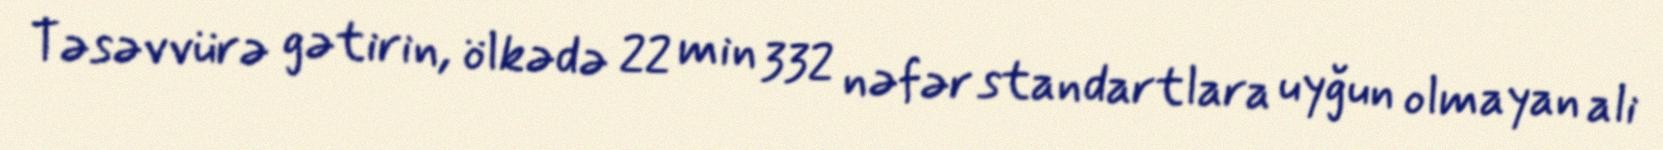
Təsəvvürə gətirin, ölkədə 22 min 332 nəfər standartlara uyğun olmayan ali